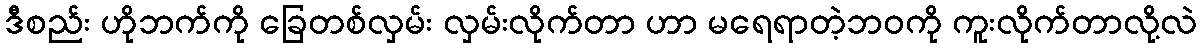
ဒီစည်း ဟိုဘက်ကို ခြေတစ်လှမ်း လှမ်းလိုက်တာ ဟာ မရေရာတဲ့ဘဝကို ကူးလိုက်တာလို့လဲ